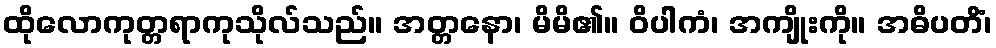
ထိုလောကုတ္တရာကုသိုလ်သည်။ အတ္တနော၊ မိမိ၏။ ဝိပါကံ၊ အကျိုးကို။ အဓိပတိံ၊